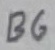
Text: B6